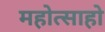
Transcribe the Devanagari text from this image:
महोत्साहो